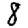
Digit: 8